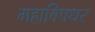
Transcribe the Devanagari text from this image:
महाविषधर